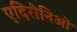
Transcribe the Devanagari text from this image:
एदिरोनिओ